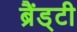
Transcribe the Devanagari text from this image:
ब्रैंड्टी